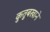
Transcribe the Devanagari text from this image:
कुतुबखाने